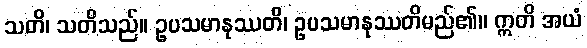
သတိ၊ သတိသည်။ ဥပသမာနုဿတိ၊ ဥပသမာနုဿတိမည်၏။ ဣတိ အယံ